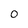
Character: 0